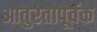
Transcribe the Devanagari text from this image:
आतुरतापूर्वक